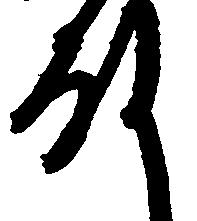
殿